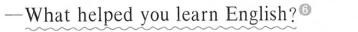
──What helped you learn English?